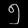
Digit: ၅